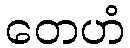
တေဟံ